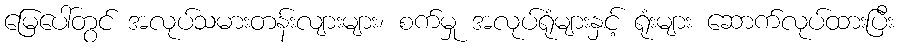
မြေပေါ်တွင် အလုပ်သမားတန်းလျားများ၊ စက်မှု အလုပ်ရုံများနှင့် ရုံးများ ဆောက်လုပ်ထားပြီး